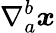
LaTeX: \nabla_{a}^{b}\boldsymbol{x}